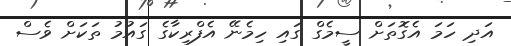
އަދި ހަމަ އެގޮތަށް ސީމެގް ގައި ހިމެނޭ އެފްރިކާގެ ގައުމު ތަކަށް ވެސް